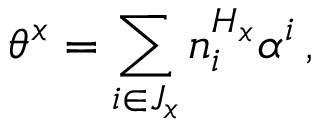
\theta ^ { x } = \sum _ { i \in J _ { x } } n _ { i } ^ { H _ { x } } \alpha ^ { i } \, ,